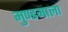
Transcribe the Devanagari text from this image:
मुण्डमाला